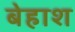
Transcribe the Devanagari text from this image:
बेहाश